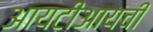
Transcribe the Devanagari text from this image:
आयटीआयची